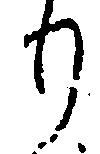
り